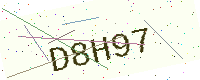
Text: D8H97